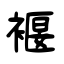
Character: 褗